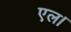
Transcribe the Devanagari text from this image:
एल।